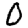
Digit: 0